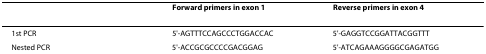
<table><thead><tr><td></td><td><b>Forward primers in exon 1</b></td><td><b>Reverse primers in exon 4</b></td></tr></thead><tbody><tr><td>1st PCR</td><td>5&#x27;-AGTTTCCAGCCCTGGACCAC</td><td>5&#x27;-GAGGTCCGGATTACGGTTT</td></tr><tr><td>Nested PCR</td><td>5&#x27;-ACCGCGCCCCGACGGAG</td><td>5&#x27;-ATCAGAAAGGGGCGAGATGG</td></tr></tbody></table>